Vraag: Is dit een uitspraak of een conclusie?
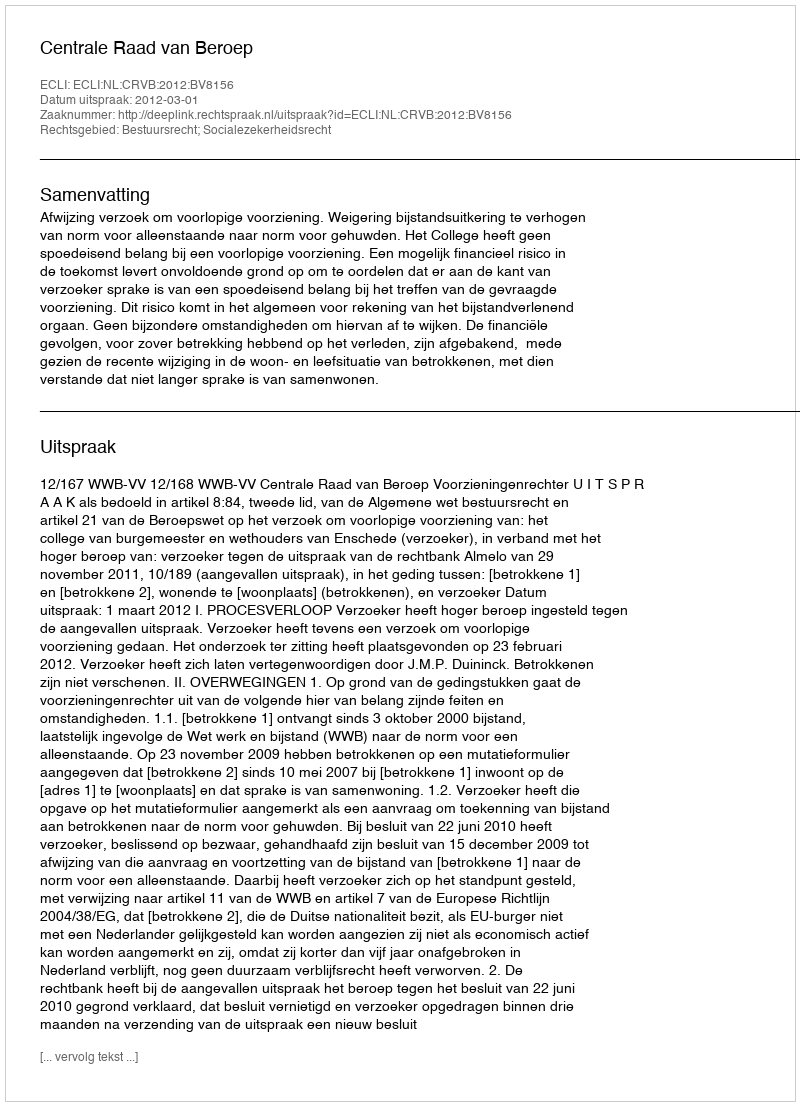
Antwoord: Uitspraak